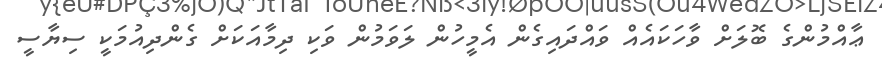
ޢާއްމުންގެ ބޮލަށް ވާހަކައެއް ވައްދައިގެން އެމީހުން ލަވަމުން ވަކި ދިމާއަކަށް ގެންދިއުމަކީ ސިޔާސީ